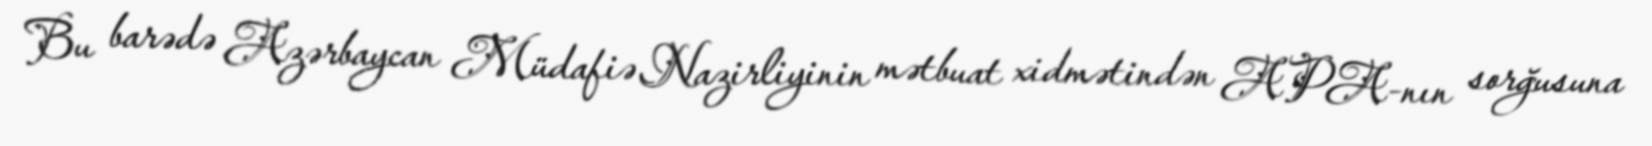
Bu barədə Azərbaycan Müdafiə Nazirliyinin mətbuat xidmətindən APA-nın sorğusuna